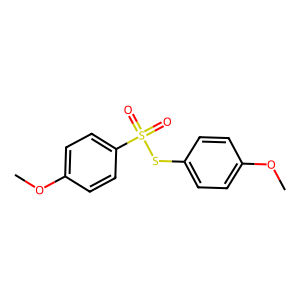
SMILES: COc1ccc(SS(=O)(=O)c2ccc(OC)cc2)cc1
Inhibits HIV replication: No